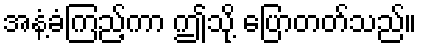
အနံ့ခံကြည့်ကာ ဤသို့ ပြောတတ်သည်။